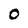
Character: 0